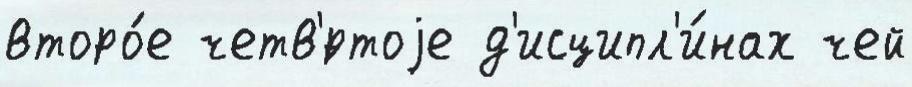
второ́е четв'́ртоjе д'исципл'и́нах чей